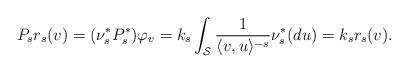
LaTeX: \begin{align*}P_s r_{s}(v) = (\nu_s^* P_s^*) \varphi_{v} = k_{s} \int_{\mathcal{S}} \frac{1}{\langle v, u\rangle^{-s} } \nu_{s}^*(du)= k_{s} r_{s}(v). \end{align*}